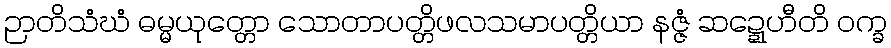
ဉာတိသံဃံ ဓမ္မယုတ္တော သောတာပတ္တိဖလသမာပတ္တိယာ နဇ္ဇံ ဆဍ္ဍေဟီတိ ဝက္ခ